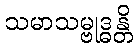
သမာသမ္ဗုဒ္ဓန္တိ